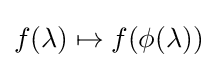
f(\lambda )\mapsto f(\phi (\lambda ))